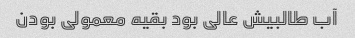
آب طالبیش عالی بود بقیه معمولی بودن